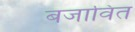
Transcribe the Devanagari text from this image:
बजावित